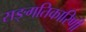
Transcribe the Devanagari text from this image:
सङ्गतिकारिणी